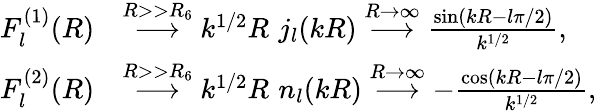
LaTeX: \begin{array}{rl}{F_{l}^{(1)}(R)}&{\stackrel{R>>R_{6}}{\longrightarrow}k^{1/2}R\, \, j_{l}(kR)\stackrel{R\to\infty}{\longrightarrow}\frac{\sin(kR-l\pi/2)}{k^{1/2}},}\\ {F_{l}^{(2)}(R)}&{\stackrel{R>>R_{6}}{\longrightarrow}k^{1/2}R\, \, n_{l}(kR)\stackrel{R\to\infty}{\longrightarrow}-\frac{\cos(kR-l\pi/2)}{k^{1/2}},}\end{array}